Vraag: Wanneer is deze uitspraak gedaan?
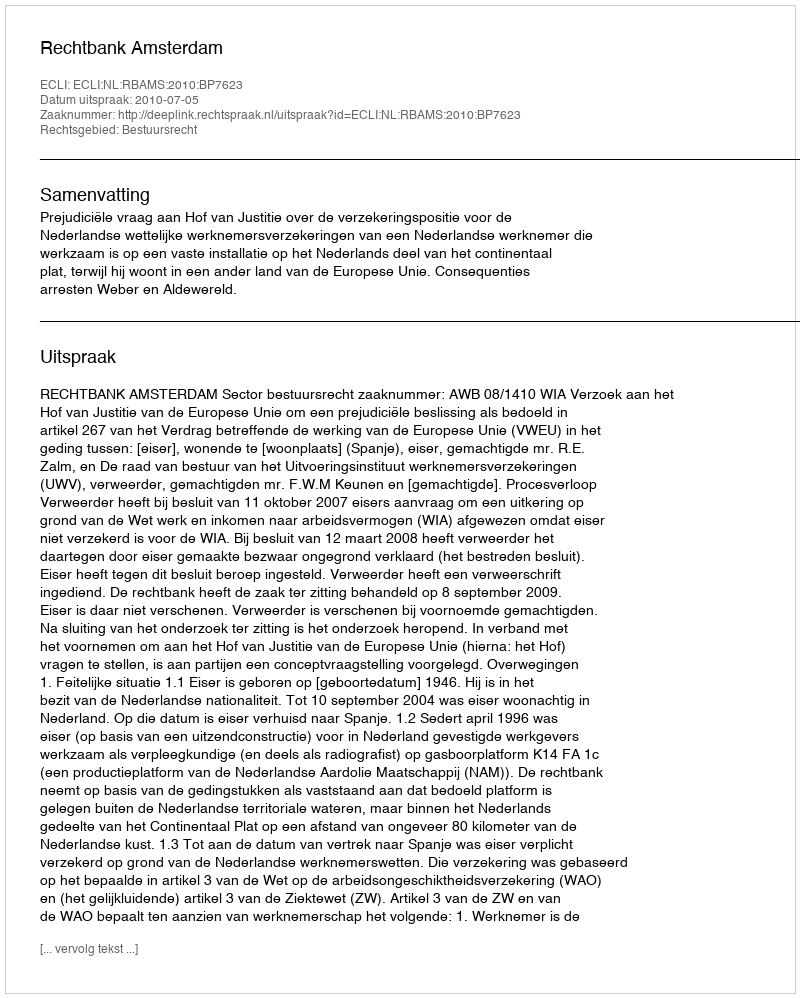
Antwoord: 2010-07-05